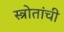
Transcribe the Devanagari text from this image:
स्त्रोतांची